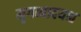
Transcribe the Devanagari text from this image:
मृगव्यादयश्च